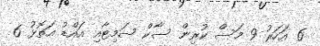
6 އަހަރު 9 މަސް ކުރިން ސާކް ސަމިޓާއި އައްޑު އަތޮޅު 6